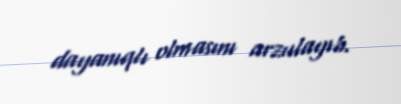
dayanıqlı olmasını arzulayıb.